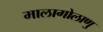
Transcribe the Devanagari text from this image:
मालागोलाणु